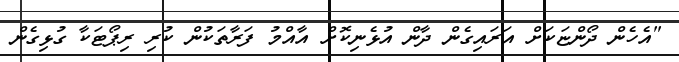
"އެހެން ދޯންޏަކަށް އަރައިގެން ދާން އުޅެނިކޮށް އާއްމު ފަރާތަކުން ކުރި ރިޕޯޓަކާ ގުޅިގެން